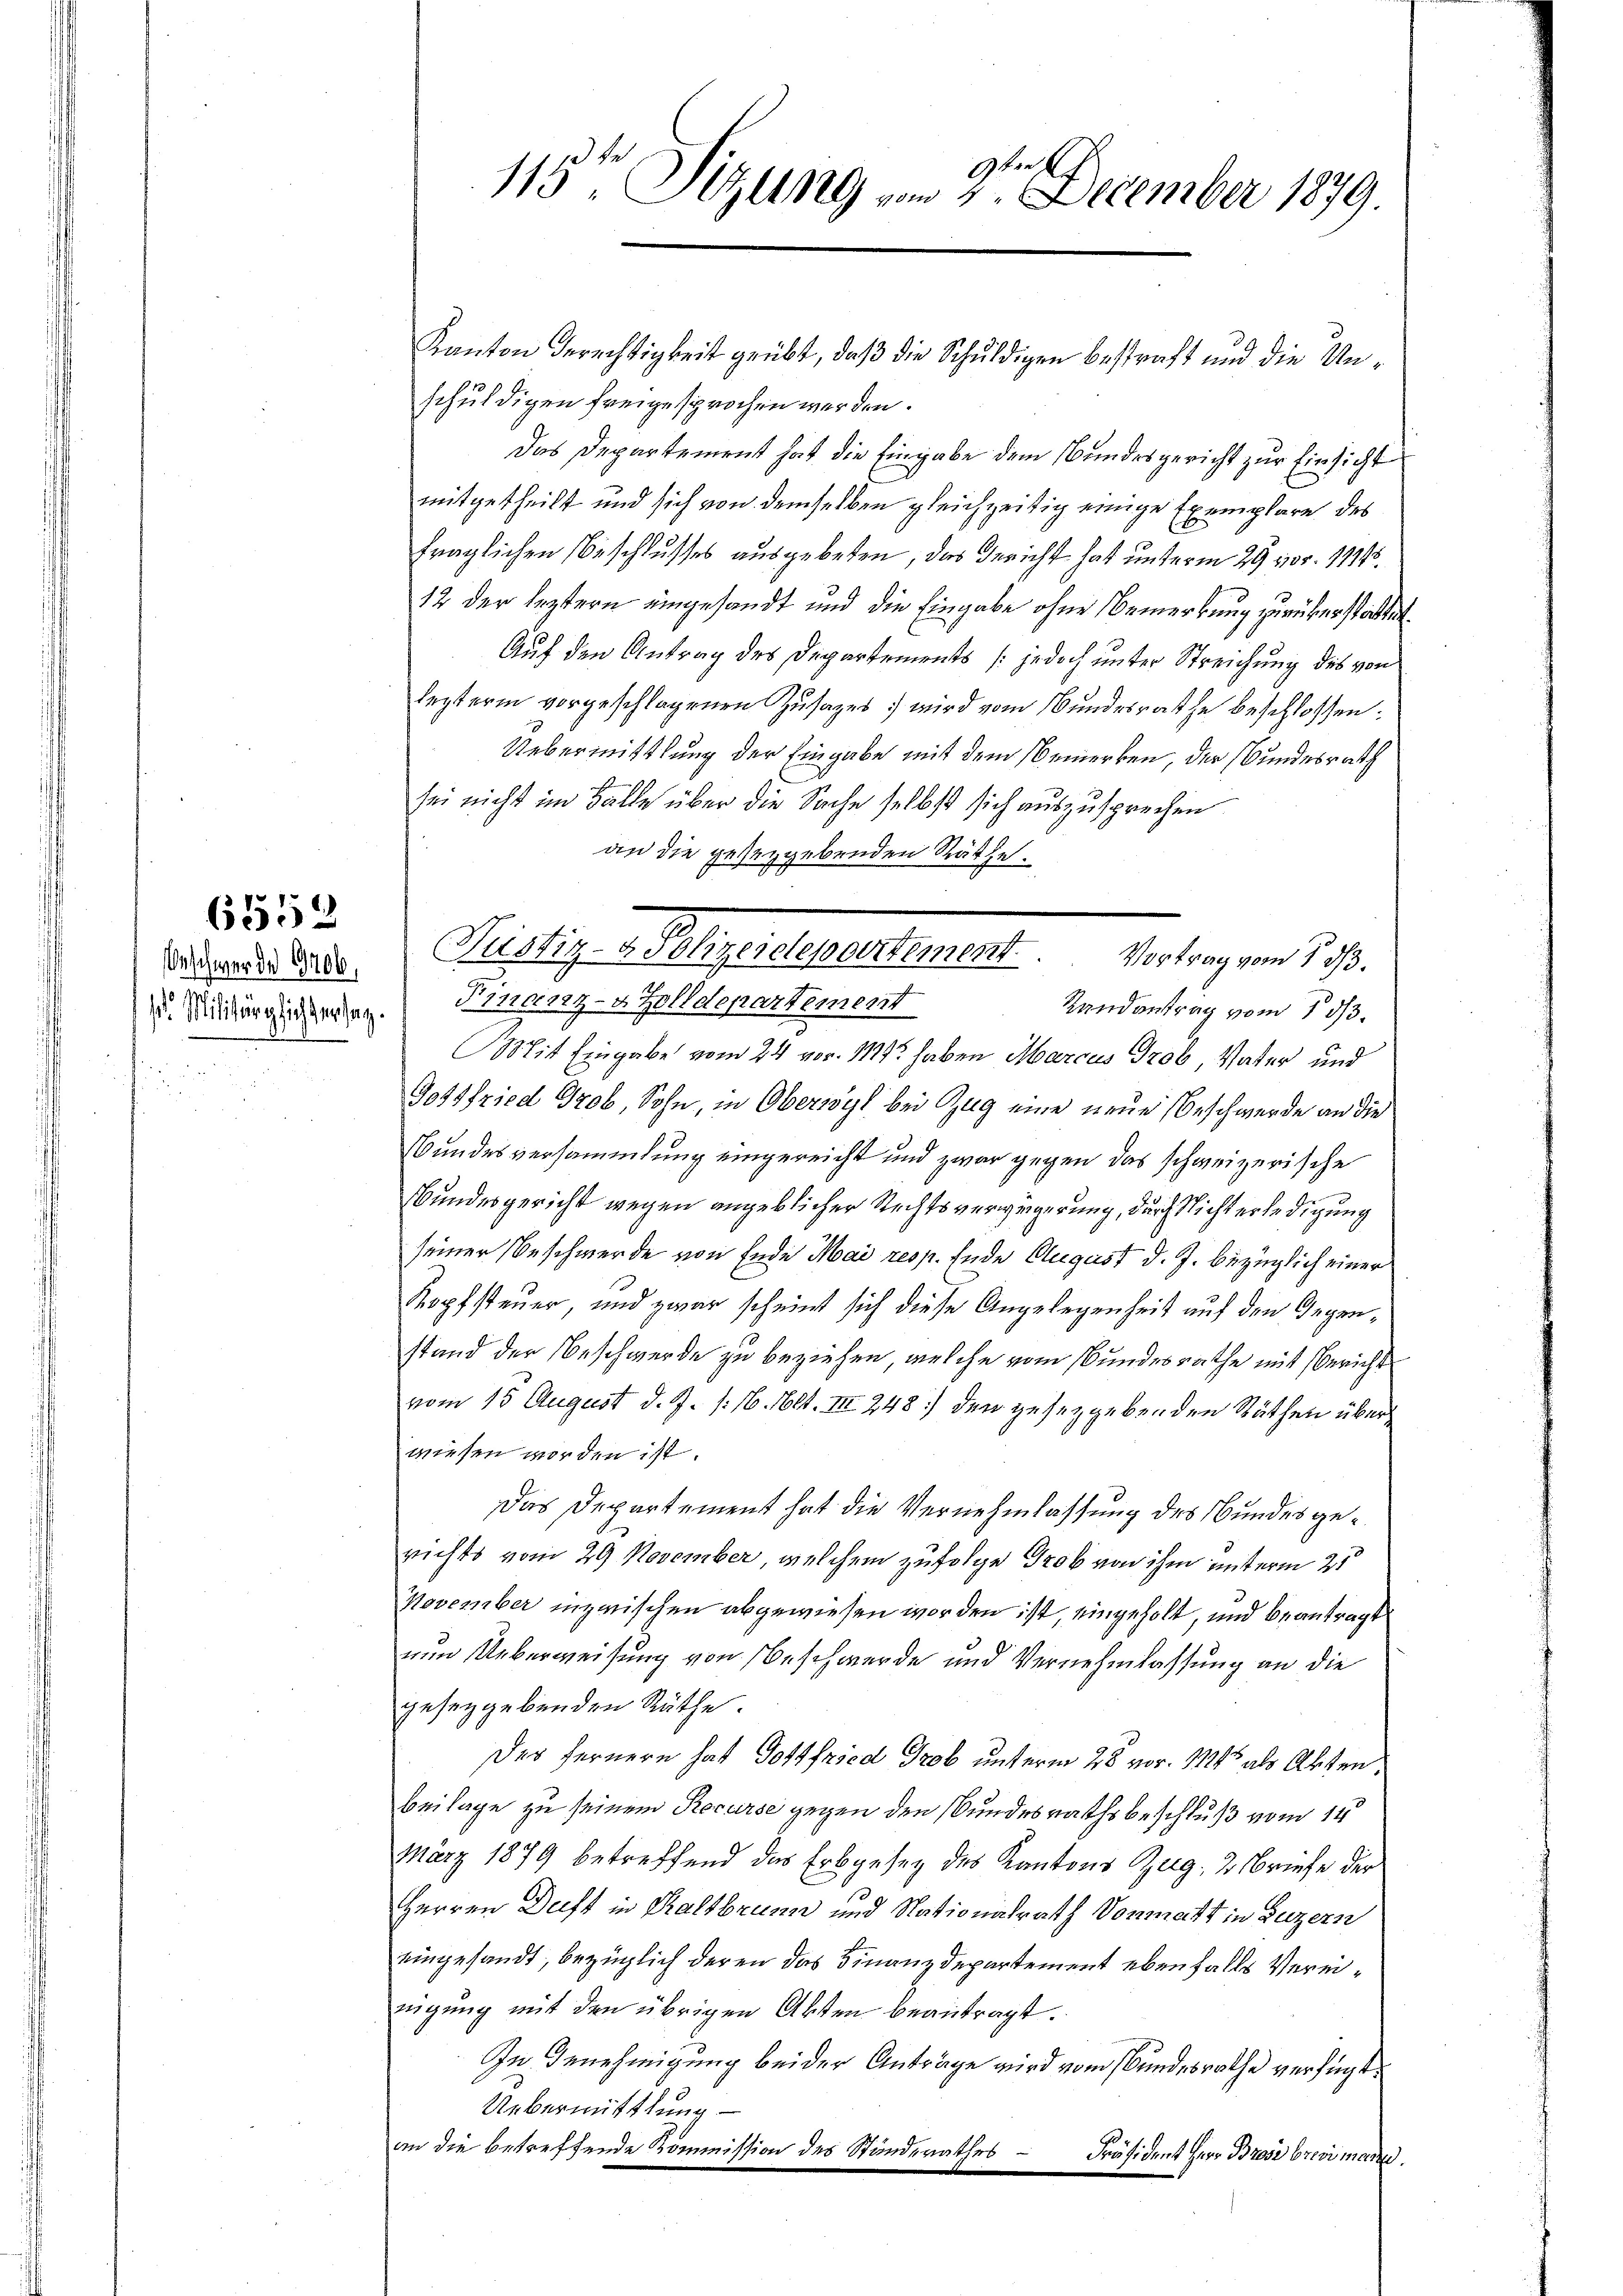
eschwerde 19406,
i

6558

115te Sitzung am 2. December 1879.

schuldigen freigesprochen werden.
Das Departement hat die Eingabe dem Bundesgericht zur Einsicht
mitgetheilt und sich von demselben gleichzeitig einige Exemplare des
fraglichen Beschlusses ausgebeten, das Gericht hat unterm 29. vor. 11145.
12 der leztern eingesandt und die Eingabe ohne Bemerkung zurükerstattet
Auf den Antrag des Departements (jedoch unter Streichung des von
lezterm vorgeschlagenen Zusages wird vom Bundesrathe beschlossen:
Uebermittlung der Eingabe mit dem Bemerken, der Bundesrath
sei nicht im Falle über die Sache selbst sich auszusprechen
. Märglichtentag. Franz- u. Zolldepartement
Landantrag vom 1 1/3.
Mit Eingabe vom 24. vor. 11152 haben Marcus Grob, Vater und
Gottfried Grob, Sohn, in Oberwyl bei Zug eine neue Beschwerde an die
Bundesversammlung eingereicht und zwar gegen das schweizerische
Bundesgericht wegen angeblicher Rechtsverweigerung, durch Nicht erledigung
seiner Beschwerde von Ende Mai resp. Ende August d. J. bezüglich einer
Kopfsteuer, und zwar scheint sich diese Angelegenheit auf den Gegenstand der Beschwerde zu beziehen, welche vom Bundesrathe mit Bericht
vom 15 August d. J. /: 16. Not. III 248) den gesetzgebenden Räthen über
wiesen worden ist.
Das Departement hat die Vernehmlassung des Bundesgerichts vom 29 November, welchem zufolge Grob von ihm unterm 25t
November inzwischen abgewiesen worden ist, eingeholt, und beantragt
num Ueberweisung von Beschwerde und Vernehmlassung an die
gesetzgebenden Räthe.
Des fernern hat Gottfried Grob unterm 28. vor. 11 als Abten
Beilage zu seinem Recurse gegen den Bundesrathsbeschluß vom 14
März 1879 betreffend das Erbgesez des Kantons Zug, 2 Briefe der
Herren Duft in Kaltbrunn und Nationalrath Vormatt in Luzern
eingesandt, bezüglich deren das Finanzdepartement ebenfalls Vereinigung mit den übrigen Akten beantragt.
In Genehmigung beider Anträge wird vom Bundesrathe verfügt:
Uebermittlung
an die betreffende Kommission des Standerathes
Präsident Herr Bross brevi mann.

Kanton Berechtigkeit geübt, daβ die Schuldigen bestraft und die Un¬

an die geseggebenden Räthe.
Pertigen Mengestelle er erlangen 19.